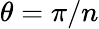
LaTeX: \theta=\pi/n